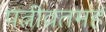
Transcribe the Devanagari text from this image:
पत्नीव्रतमहं